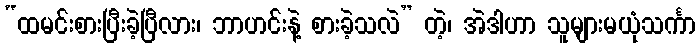
“ထမင်းစားပြီးခဲ့ပြီလား၊ ဘာဟင်းနဲ့ စားခဲ့သလဲ” တဲ့၊ အဲဒါဟာ သူများမယုံသင်္ကာ